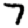
Digit: 7